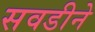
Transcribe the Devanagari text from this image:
सवडीने